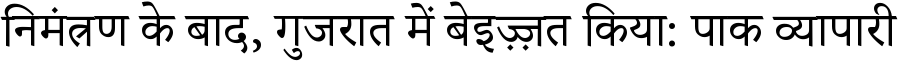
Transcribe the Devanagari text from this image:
निमंत्रण के बाद, गुजरात में बेइज़्ज़त किया: पाक व्यापारी